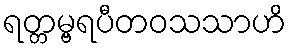
ရတ္တမ္ဗရပီတဝသသာဟိ